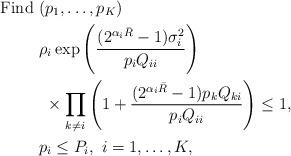
LaTeX: \begin{align*}\mathrm{Find}~&(p_1,\dots,p_K)\\~&\rho_i\exp\left(\frac{(2^{\alpha_i\bar{R}}-1)\sigma_i^2}{p_iQ_{ii}}\right)\\&~\times\prod_{k{\ne}i}\left(1+\frac{(2^{\alpha_i\bar{R}}-1)p_kQ_{ki}}{p_iQ_{ii}}\right)\le1,\\&p_i\le{P}_i,~i=1,\dots,K,\end{align*}